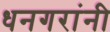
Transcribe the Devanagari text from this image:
धनगरांनी